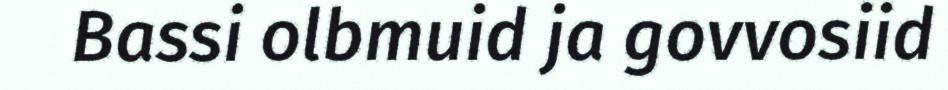
Bassi olbmuid ja govvosiid